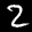
Label: 2